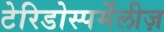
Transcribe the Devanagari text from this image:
टेरिडोस्पर्मेंलीज़